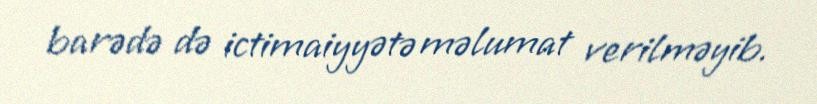
barədə də ictimaiyyətə məlumat verilməyib.